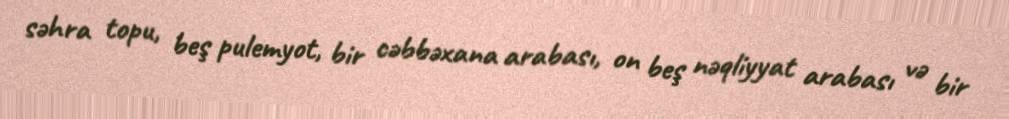
səhra topu, beş pulemyot, bir cəbbəxana arabası, on beş nəqliyyat arabası və bir